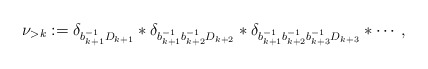
\begin{align*}\nu_{>k}:=\delta_{b_{k+1}^{-1}D_{k+1}}\ast\delta_{b_{k+1}^{-1}b_{k+2}^{-1}D_{k+2}}\ast\delta_{b_{k+1}^{-1}b_{k+2}^{-1}b_{k+3}^{-1}D_{k+3}}\ast\cdots,\end{align*}